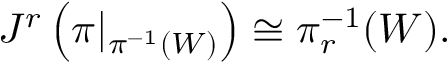
J ^ { r } \left( \pi | _ { \pi ^ { - 1 } ( W ) } \right) \cong \pi _ { r } ^ { - 1 } ( W ) .